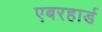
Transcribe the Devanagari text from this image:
एबरहार्ड